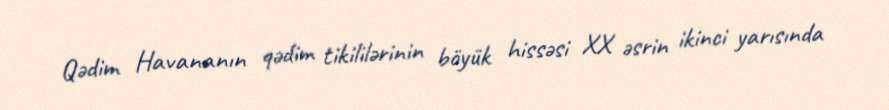
Qədim Havananın qədim tikililərinin böyük hissəsi XX əsrin ikinci yarısında